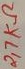
Text: 2,7KΩ